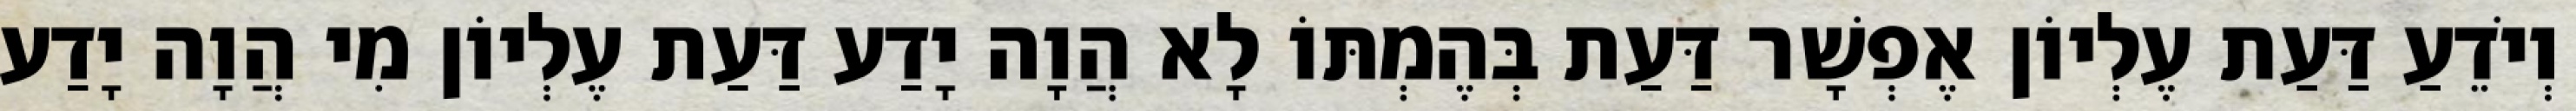
וְיֹדֵעַ דַּעַת עֶלְיוֹן אֶפְשָׁר דַּעַת בְּהֶמְתּוֹ לָא הֲוָה יָדַע דַּעַת עֶלְיוֹן מִי הֲוָה יָדַע